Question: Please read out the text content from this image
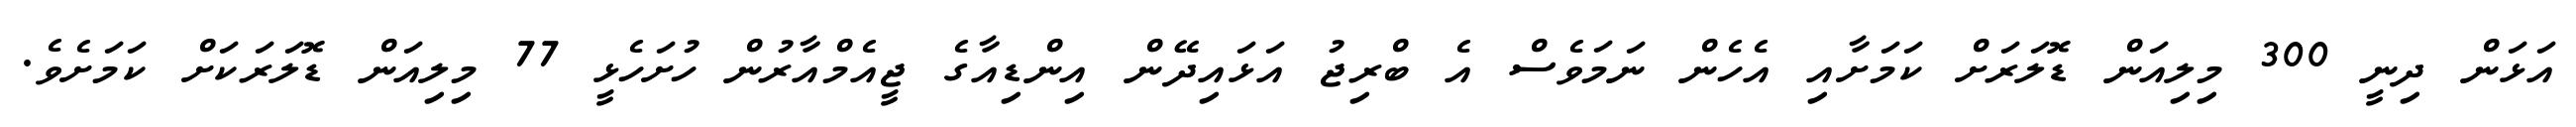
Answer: އަޅަން ދިނީ 300 މިލިއަން ޑޮލަރަށް ކަމަށާއި އެހެން ނަމަވެސް އެ ބްރިޖު އަޅައިދޭން އިންޑިއާގެ ޖީއެމްއާރުން ހުށަހެޅީ 77 މިލިއަން ޑޮލަރަކަށް ކަމަށެވެ.